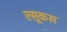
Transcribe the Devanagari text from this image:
ल्सूकस